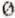
0